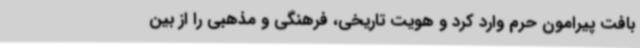
بافت پیرامون حرم وارد کرد و هویت تاریخی، فرهنگی و مذهبی را از بین